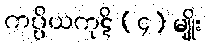
ကပ္ပိယကုဋိ (၄) မျိုး